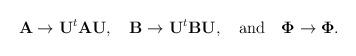
LaTeX: \begin{align*}\mathbf{A} \to \mathbf{U}^t \mathbf{A} \mathbf{U}, \quad\mathbf{B} \to \mathbf{U}^t \mathbf{B} \mathbf{U}, \quad\textrm{and} \quad\mathbf{\Phi} \to \mathbf{\Phi}.\end{align*}